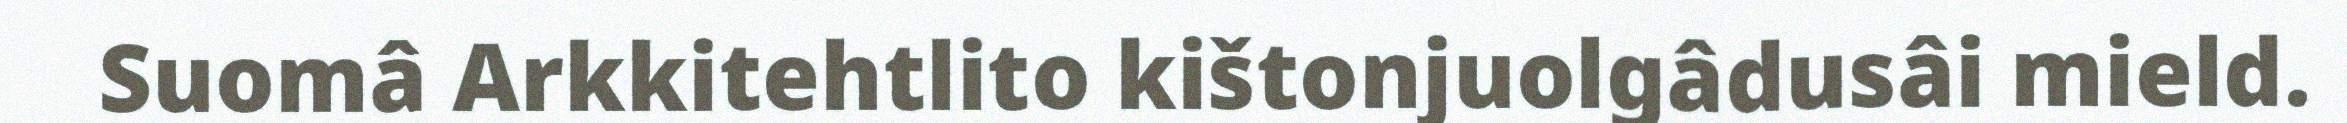
Suomâ Arkkitehtlito kištonjuolgâdusâi mield.